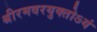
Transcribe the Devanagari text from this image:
श्रीरमवरयुक्‍तोऽयं